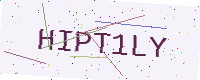
Text: HIPT1LY